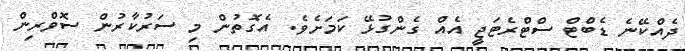
ދެއްކޭނެ ޑެބްޓް ސްޓްރެޓަޖީ އެއް ގެންގުޅޭ ކަމަށެވެ. އެގޮތުން މި ސަރުކާރުން ސޮވްރިން